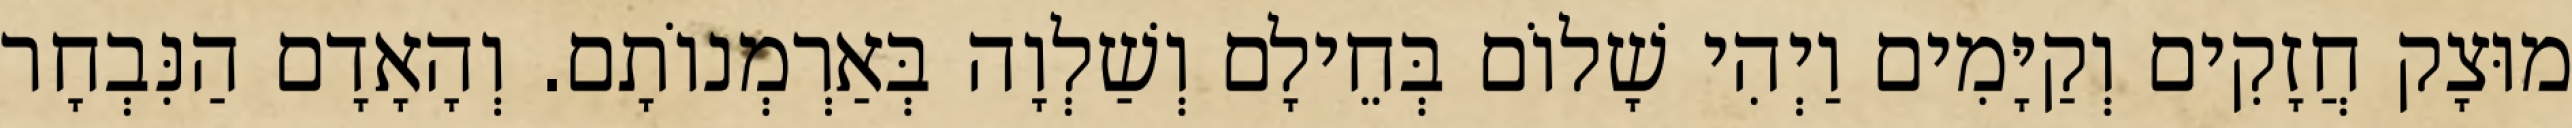
מוּצָק חֲזָקִים וְקַיָּמִים וַיְהִי שָׁלוֹם בְּחֵילָם וְשַׁלְוָה בְּאַרְמְנוֹתָם. וְהָאָדָם הַנִּבְחָר